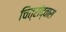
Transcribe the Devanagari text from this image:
चित्रांद्वारा